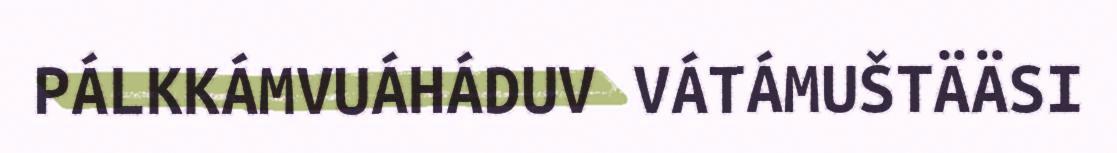
PÁLKKÁMVUÁHÁDUV VÁTÁMUŠTÄÄSI